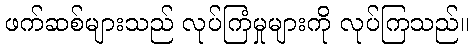
ဖက်ဆစ်များသည် လုပ်ကြံမှုများကို လုပ်ကြသည်။